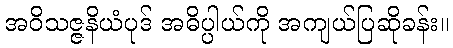
အဝိသဇ္ဇနိယံပုဒ် အဓိပ္ပါယ်ကို အကျယ်ပြဆိုခန်း။